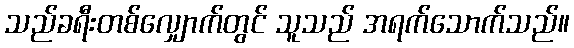
သည်ခရီးတစ်လျှောက်တွင် သူသည် အရက်သောက်သည်။